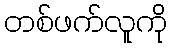
တစ်ဖက်လူကို